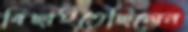
বিছাইতেছিলেন